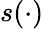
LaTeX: s(\cdot)